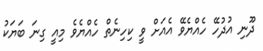
ދޫނި އުދުހޭ ހެއްޔެވޭ އެއަށް ވީ ކިހިނެތް ހެއްޔެވެ މިއީ ގިނަ ބަޔަކު